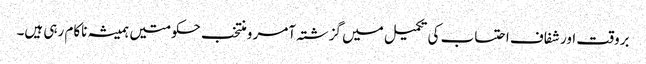
بروقت اور شفاف احتساب کی تکمیل میں گزشتہ آمر و منتخب حکومتیں ہمیشہ ناکام رہی ہیں۔